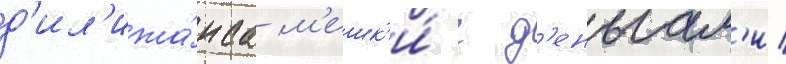
д'ил'ижа́нса м'ешк'и́ с д'еньгам'и